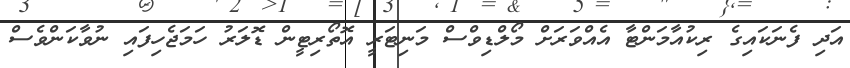
އަދި ފެނަކައިގެ ރިކުއާމަންޓާ އެއްވަރަށް މޯލްޑިވްސް މަނިޓަރީ އޮތޯރިޓީން ޑޮލަރު ހަމަޖެހިފައި ނުވާކަންވެސް